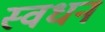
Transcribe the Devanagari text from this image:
स्वधन